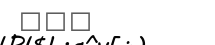
١٣٥